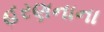
હરણનાના